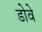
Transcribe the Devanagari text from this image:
डोवे